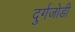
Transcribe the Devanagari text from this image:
दुर्गजोडी